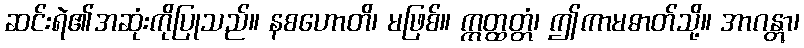
ဆင်းရဲ၏အဆုံးကိုပြုသည်။ နစဟောတိ၊ မဖြစ်။ ဣတ္ထတ္တံ၊ ဤကာမဓာတ်သို့။ အာဂန္တွာ၊